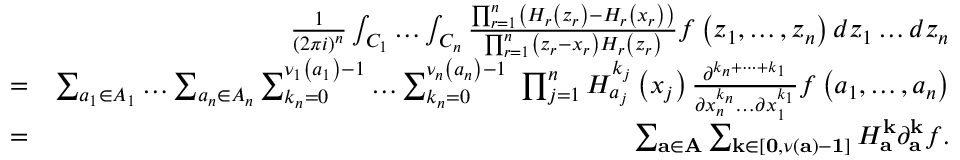
\begin{array} { r l r } & { } & { \frac { 1 } { \left( 2 \pi i \right) ^ { n } } \int _ { C _ { 1 } } \dots \int _ { C _ { n } } \frac { \prod _ { r = 1 } ^ { n } \left( H _ { r } \left( z _ { r } \right) - H _ { r } \left( x _ { r } \right) \right) } { \prod _ { r = 1 } ^ { n } \left( z _ { r } - x _ { r } \right) H _ { r } \left( z _ { r } \right) } f \left( z _ { 1 } , \dots , z _ { n } \right) d z _ { 1 } \dots d z _ { n } } \\ & { = } & { \sum _ { a _ { 1 } \in A _ { 1 } } \dots \sum _ { a _ { n } \in A _ { n } } \sum _ { k _ { n } = 0 } ^ { \nu _ { 1 } \left( a _ { 1 } \right) - 1 } \dots \sum _ { k _ { n } = 0 } ^ { \nu _ { n } \left( a _ { n } \right) - 1 } \ \prod _ { j = 1 } ^ { n } H _ { a _ { j } } ^ { k _ { j } } \left( x _ { j } \right) \frac { \partial ^ { { k } _ { n } + \dots + k _ { 1 } } } { \partial x _ { n } ^ { k _ { n } } \dots \partial x _ { 1 } ^ { k _ { 1 } } } f \left( a _ { 1 } , \dots , a _ { n } \right) } \\ & { = } & { \sum _ { \mathbf { a \in A } } \sum _ { \mathbf { k \in } \left[ \mathbf { 0 , } \nu \left( \mathbf { a } \right) - \mathbf { 1 } \right] } H _ { \mathbf { a } } ^ { \mathbf { k } } \partial _ { \mathbf { a } } ^ { \mathbf { k } } f . } \end{array}